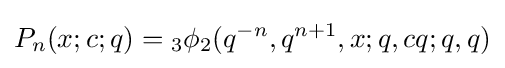
\displaystyle P_{n}(x;c;q)={}_{3}\phi _{2}(q^{-n},q^{n+1},x;q,cq;q,q)